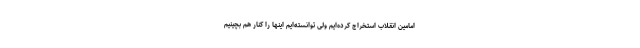
امامین انقلاب استخراج کرده‌ایم ولی توانسته‌ایم اینها را کنار هم بچینیم